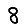
Digit: 8